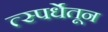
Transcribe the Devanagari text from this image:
त्स्पर्धेतून